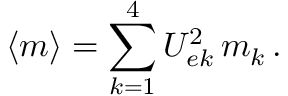
\langle { m } \rangle = \sum _ { k = 1 } ^ { 4 } U _ { e k } ^ { 2 } \, m _ { k } \, .